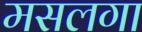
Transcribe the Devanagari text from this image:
मसलगा